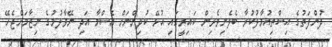
ދުންފަތުގެ އިސްތިއުމާލުކުރާ ބެލެނިވެރިން ކައިރީގައި އުޅޭ ކުދިންނަށް އެސްމާ އަދި ނޭވާލުމުގެ ނިޒާމަށްޖެހޭ